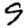
Digit: 9